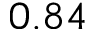
0 . 8 4